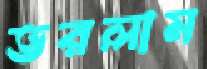
ভরলাম